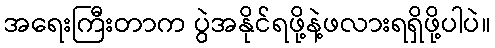
အရေးကြီးတာက ပွဲအနိုင်ရဖို့နဲ့ဖလားရရှိဖို့ပါပဲ။